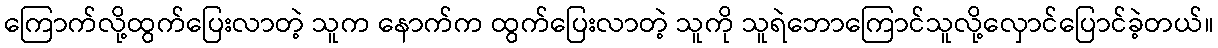
ကြောက်လို့ထွက်ပြေးလာတဲ့ သူက နောက်က ထွက်ပြေးလာတဲ့ သူကို သူရဲဘောကြောင်သူလို့လှောင်ပြောင်ခဲ့တယ်။